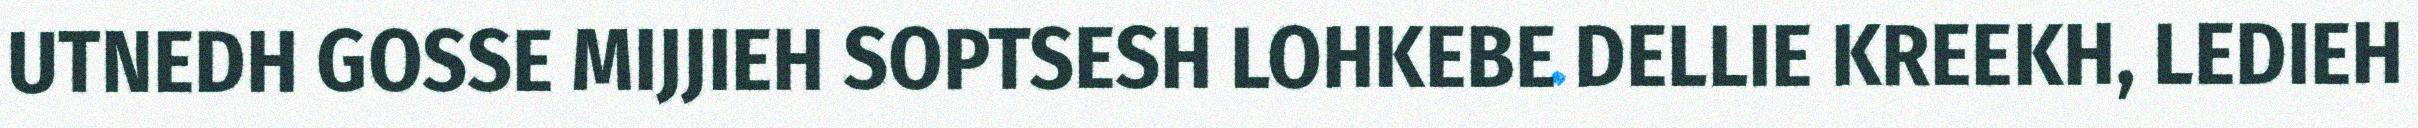
UTNEDH GOSSE MIJJIEH SOPTSESH LOHKEBE DELLIE KREEKH, LEDIEH